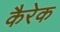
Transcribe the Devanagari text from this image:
कैरेक